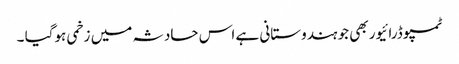
ٹمپو ڈرائیور بھی جو ہندوستانی ہے اس حادثہ میں زخمی ہوگیا ۔